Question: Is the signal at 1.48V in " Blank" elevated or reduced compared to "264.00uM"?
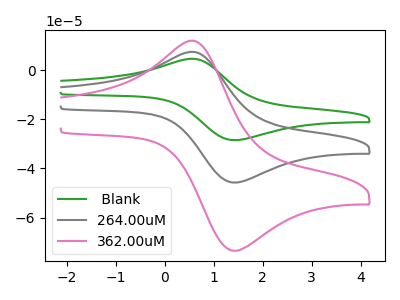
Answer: <think>The green curve " Blank" has an anodic peak at (0.65V, 14.55uA) and a cathodic peak at (1.50V, -91.45uA). The gray curve "264.00uM" has an anodic peak at (0.65V, 7.25uA) and a cathodic peak at (1.50V, -45.75uA). The pink curve "362.00uM" has an anodic peak at (0.65V, 11.65uA) and a cathodic peak at (1.50V, -73.45uA).</think>
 <answer>The peak at 1.48V is higher in " Blank" than in "264.00uM".</answer>
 <eval>higher</eval>